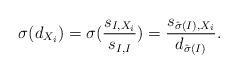
LaTeX: \begin{align*}\sigma(d_{X_i})=\sigma(\frac{s_{I,X_i}}{s_{I,I}})=\frac{s_{\hat{\sigma}(I),X_i}}{d_{\hat{\sigma}(I)}}.\end{align*}